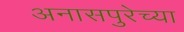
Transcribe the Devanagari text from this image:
अनासपुरेच्या